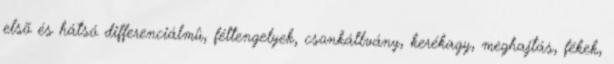
elsõ és hátsó differenciálmû, féltengelyek, csonkállvány, kerékagy, meghajtás, fékek,